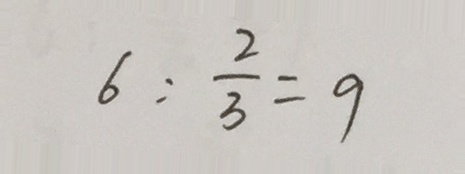
6 : \frac { 2 } { 3 } = 9